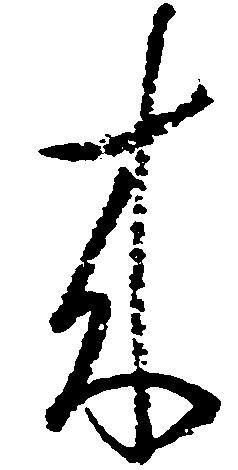
来